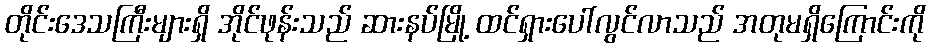
တိုင်းဒေသကြီးများရှိ အိုင်ဖုန်းသည် ဆားနပ်မြို့ ထင်ရှားပေါ်လွင်လာသည် အတုမရှိကြောင်းကို